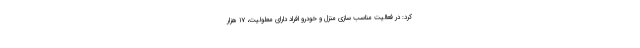
کرد: در فعالیت مناسب سازی منزل و خودرو افراد دارای معلولیت، ۱۷ هزار